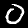
Label: 0